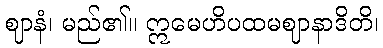
ဈာနံ၊ မည်၏။ ဣမေဟိပထမဈာနာဒိတိ၊